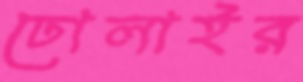
ঢোলাইর